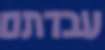
עבדתם